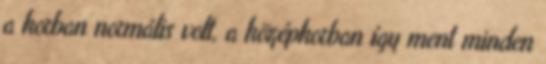
a korban normális volt, a középkorban így ment minden